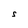
Character: S